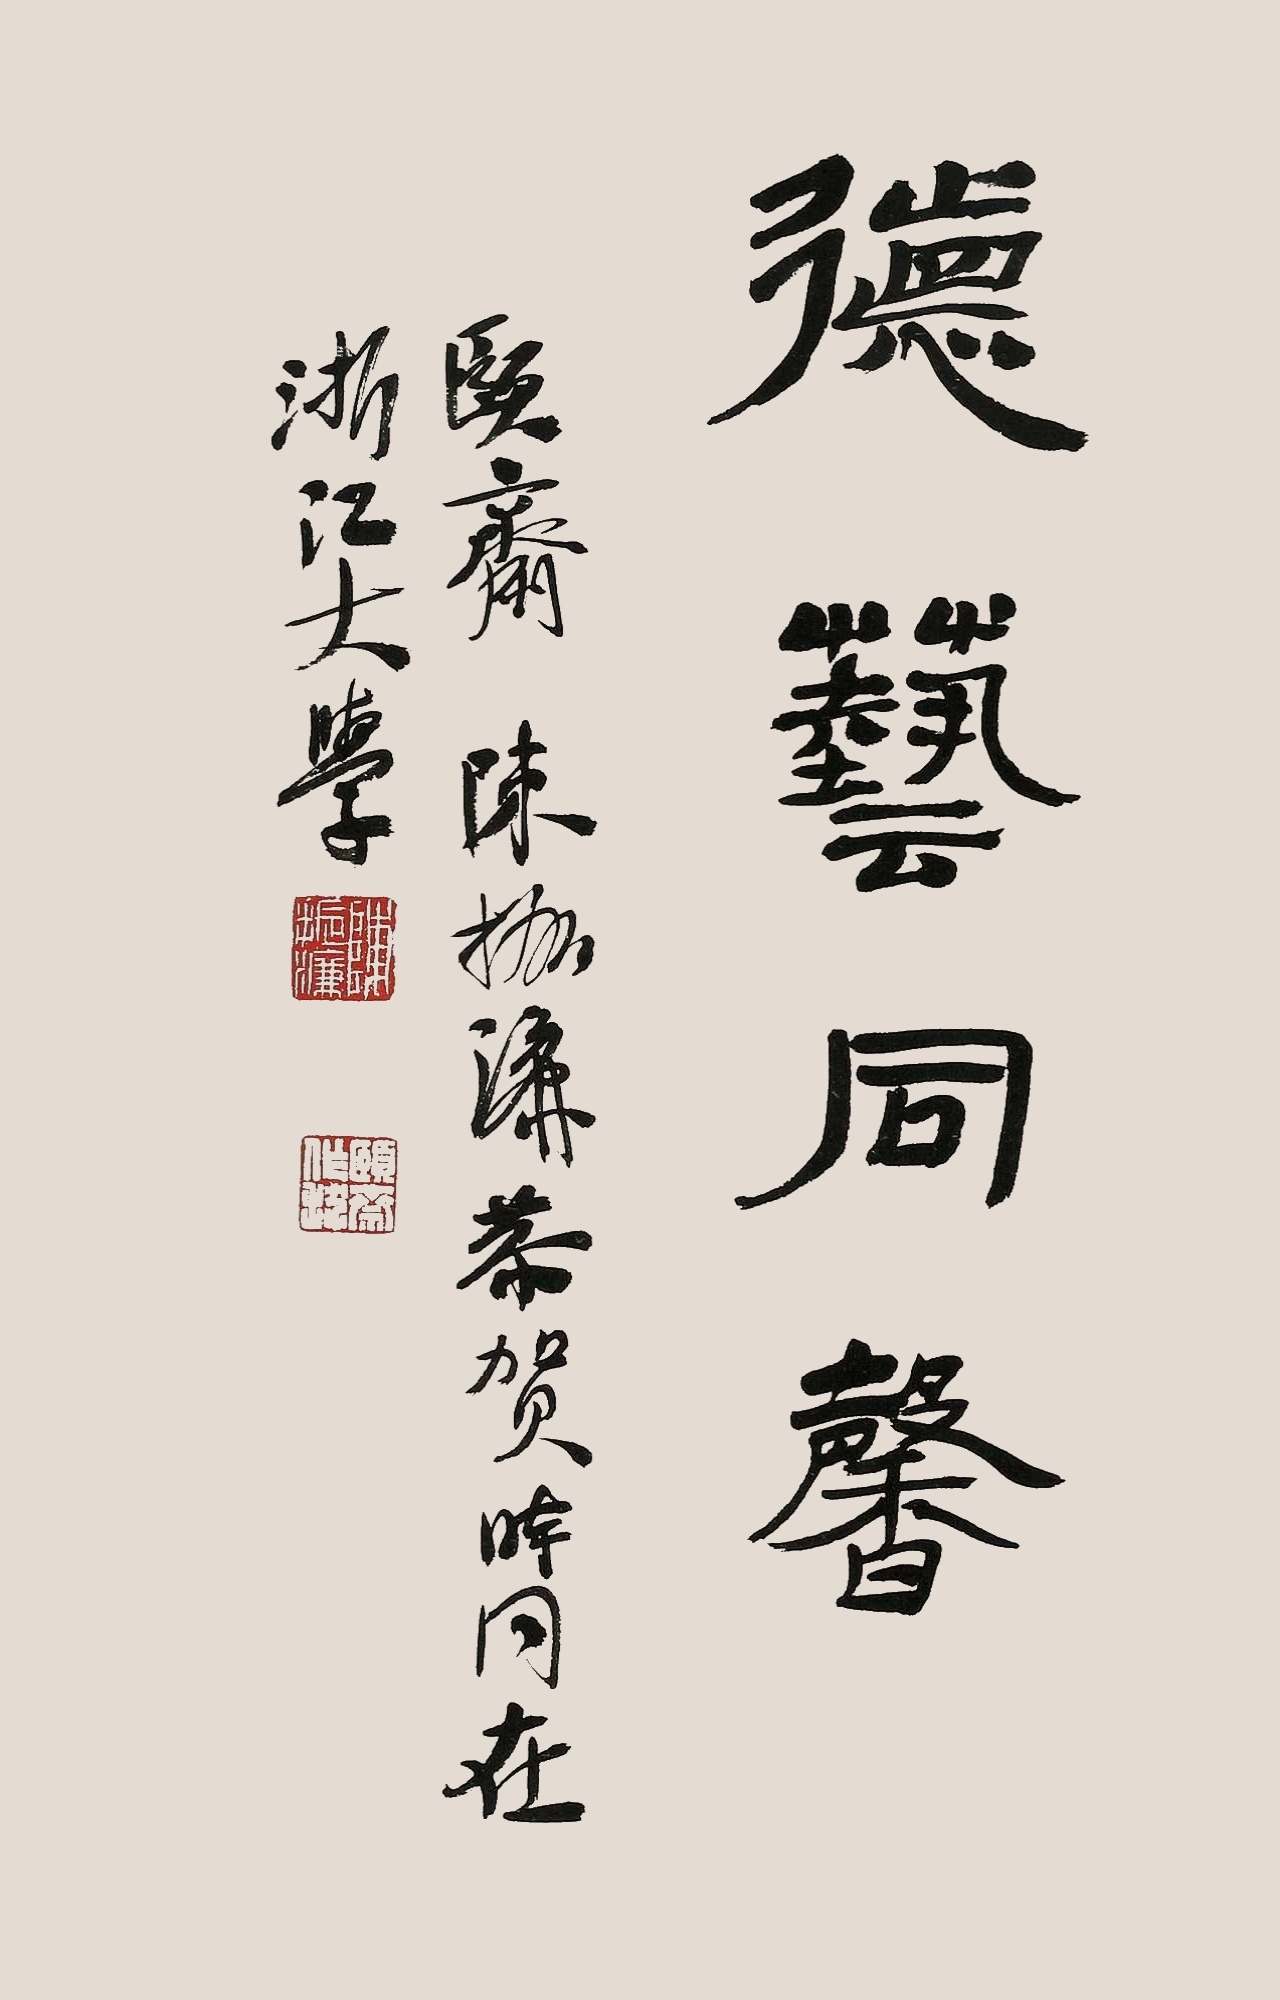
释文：德艺同馨。颐斋陈振濂恭贺，时同在浙江大学。